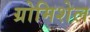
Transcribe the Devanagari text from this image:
ग्रोमिशेल